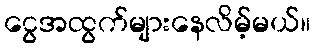
ငွေအထွက်များနေလိမ့်မယ်။